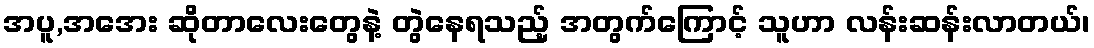
အပူ,အအေး ဆိုတာလေးတွေနဲ့ တွဲနေရသည့် အတွက်ကြောင့် သူဟာ လန်းဆန်းလာတယ်၊